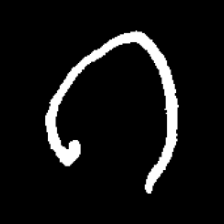
Pyu character \u2014 Myanmar letter: ဂ (romanized: ga)